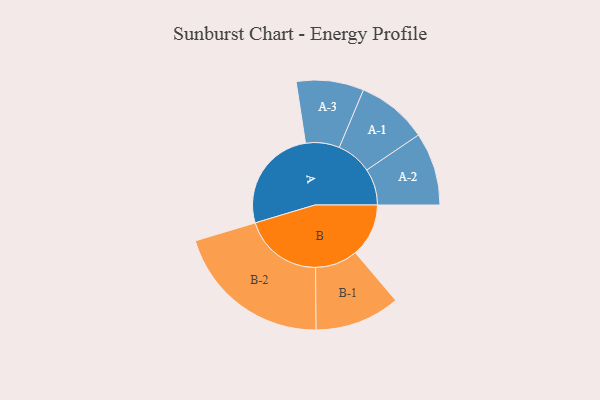
{"axis": {"x": "Segment", "y": "Value"}, "legend": ["", "A", "B"], "data": [{"x": "A", "y": 382, "type": ""}, {"x": "B", "y": 194, "type": ""}, {"x": "A-1", "y": 129, "type": "A"}, {"x": "A-2", "y": 133, "type": "A"}, {"x": "A-3", "y": 123, "type": "A"}, {"x": "B-1", "y": 155, "type": "B"}, {"x": "B-2", "y": 288, "type": "B"}]}